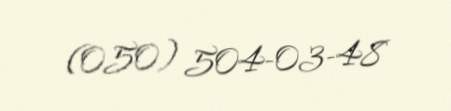
(050) 504-03-48